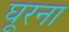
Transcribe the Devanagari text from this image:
घूरना